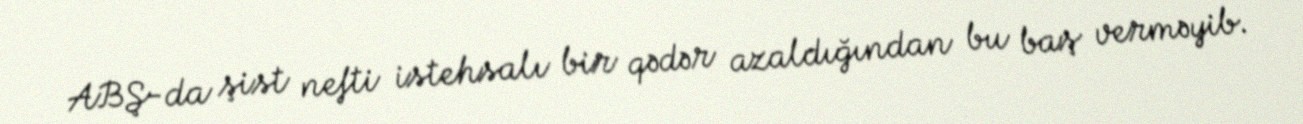
ABŞ-da şist nefti istehsalı bir qədər azaldığından bu baş verməyib.